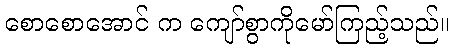
စောစောအောင် က ကျော်စွာကိုမော်ကြည့်သည်။